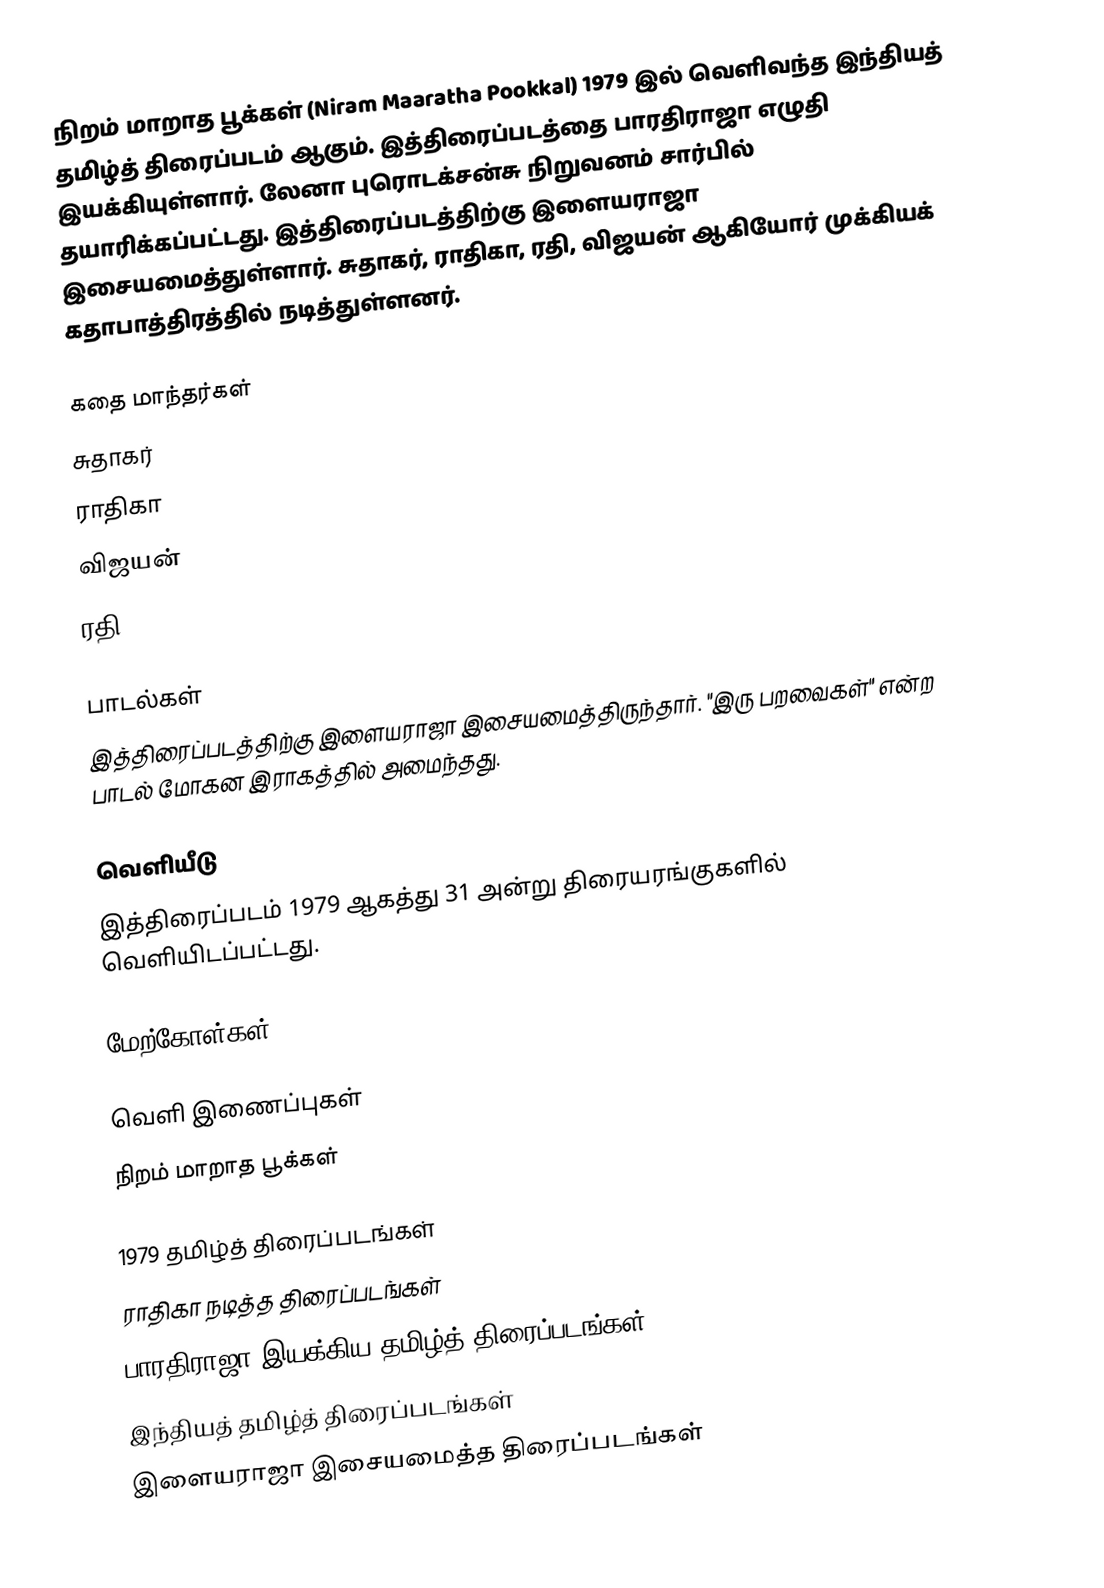
நிறம் மாறாத பூக்கள்  (Niram Maaratha Pookkal) 1979 இல் வெளிவந்த இந்தியத் தமிழ்த் திரைப்படம் ஆகும். இத்திரைப்படத்தை பாரதிராஜா எழுதி இயக்கியுள்ளார். லேனா புரொடக்சன்சு நிறுவனம் சார்பில் தயாரிக்கப்பட்டது. இத்திரைப்படத்திற்கு இளையராஜா இசையமைத்துள்ளார். சுதாகர், ராதிகா, ரதி, விஜயன் ஆகியோர் முக்கியக் கதாபாத்திரத்தில் நடித்துள்ளனர்.

கதை மாந்தர்கள்
 சுதாகர்
 ராதிகா
 விஜயன்
 ரதி

பாடல்கள்
இத்திரைப்படத்திற்கு இளையராஜா இசையமைத்திருந்தார். "இரு பறவைகள்" என்ற பாடல் மோகன இராகத்தில் அமைந்தது.

வெளியீடு
இத்திரைப்படம் 1979 ஆகத்து 31 அன்று திரையரங்குகளில் வெளியிடப்பட்டது.

மேற்கோள்கள்

வெளி இணைப்புகள்
 நிறம் மாறாத பூக்கள்

1979 தமிழ்த் திரைப்படங்கள்
ராதிகா நடித்த திரைப்படங்கள்
பாரதிராஜா இயக்கிய தமிழ்த் திரைப்படங்கள்
இந்தியத் தமிழ்த் திரைப்படங்கள்
இளையராஜா இசையமைத்த திரைப்படங்கள்